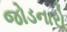
જોડનારો